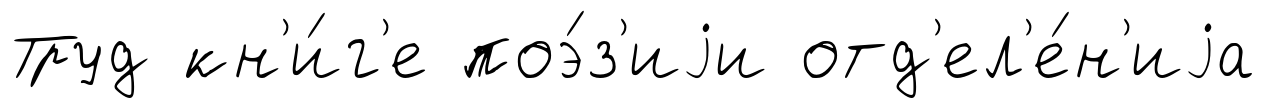
Труд кн'и́г'е поэ́з'иjи отд'ел'е́н'иjа